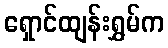
ရှောင်ထျန်းရွှမ်က